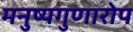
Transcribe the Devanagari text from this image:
मनुष्यगुणारोप